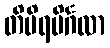
တိမိရမိင်္ဂလာ